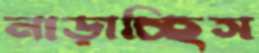
নাড়াচ্ছিস